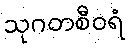
သုဂတစီဝရံ